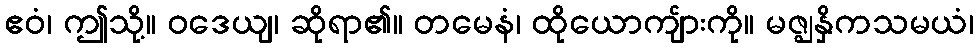
ဧဝံ၊ ဤသို့။ ဝဒေယျ၊ ဆိုရာ၏။ တမေနံ၊ ထိုယောကျ်ားကို။ မဇ္ဈနှိကသမယံ၊